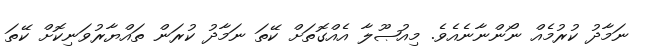
ނަމާދު ކުރުމެއް ނޯންނާނެއެވެ. މިއުޞޫލާ އެއްގޮތަށް ކޭތަ ނަމާދު ކުރަން ތައްޔާރުވަނިކޮށް ކޭތަ